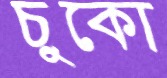
চুকো